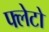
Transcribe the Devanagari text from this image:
फ्लेटो